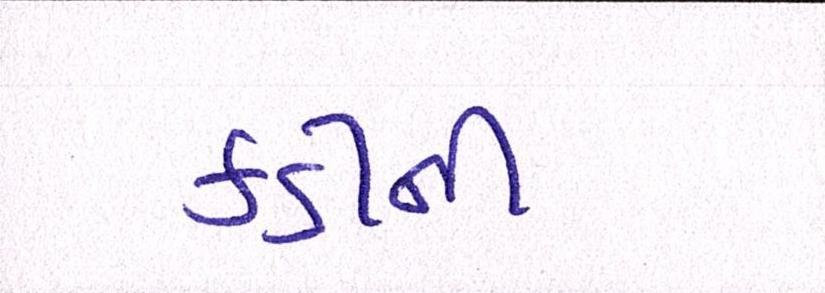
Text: કડીની